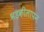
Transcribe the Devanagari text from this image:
भड़कीलापन